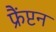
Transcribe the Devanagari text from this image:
फ्रैंप्टन